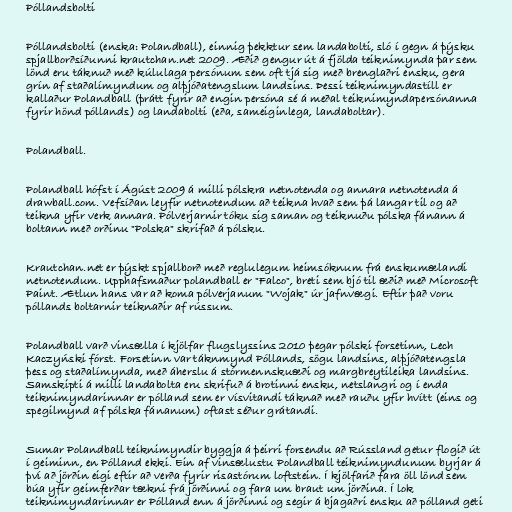
Póllandsbolti

Póllandsbolti (enska: Polandball), einnig þekktur sem landabolti, sló í gegn á þýsku
spjallborðsíðunni krautchan.net 2009. Æðið gengur út á fjölda teiknimynda þar sem
lönd eru táknuð með kúlulaga persónum sem oft tjá sig með brenglaðri ensku, gera
grín af staðalímyndum og alþjóðatengslum landsins. Þessi teiknimyndastíll er
kallaður Polandball (þrátt fyrir að engin persóna sé á meðal teiknimyndapersónanna
fyrir hönd póllands) og landabolti (eða, sameiginlega, landaboltar).

Polandball.

Polandball hófst í Ágúst 2009 á milli pólskra netnotenda og annara netnotenda á
drawball.com. Vefsíðan leyfir netnotendum að teikna hvað sem þá langar til og að
teikna yfir verk annara. Pólverjarnir tóku sig saman og teiknuðu pólska fánann á
boltann með orðinu "Polska" skrifað á pólsku.

Krautchan.net er þýskt spjallborð með reglulegum heimsóknum frá enskumælandi
netnotendum. Upphafsmaður polandball er "Falco", breti sem bjó til æðið með Microsoft
Paint. Ætlun hans var að koma pólverjanum "Wojak" úr jafnvægi. Eftir það voru
póllands boltarnir teiknaðir af rússum.

Polandball varð vinsælla í kjölfar flugslyssins 2010 þegar pólski forsetinn, Lech
Kaczyński fórst. Forsetinn var táknmynd Póllands, sögu landsins, alþjóðatengsla
þess og staðalímynda, með áherslu á stórmennskuæði og margbreytileika landsins.
Samskipti á milli landabolta eru skrifuð á brotinni ensku, netslangri og í enda
teiknimyndarinnar er pólland sem er vísvitandi táknað með rauðu yfir hvítt (eins og
spegilmynd af pólska fánanum) oftast séður grátandi.

Sumar Polandball teiknimyndir byggja á þeirri forsendu að Rússland getur flogið út
í geiminn, en Pólland ekki. Ein af vinsælustu Polandball teiknimyndunum byrjar á
því að jörðin eigi eftir að verða fyrir risastórum loftstein. Í kjölfarið fara öll lönd sem
búa yfir geimferðar tækni frá jörðinni og fara um braut um jörðina. Í lok
teiknimyndarinnar er Pólland enn á jörðinni og segir á bjagaðri ensku að pólland geti